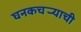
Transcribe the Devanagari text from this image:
घनकचर्‍याची